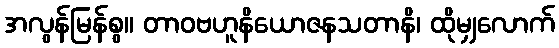
အလွန်မြန်စွ။ တာဝဗဟူနိယောဇနသတာနိ၊ ထိုမျှလောက်